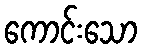
ကောင်းသော